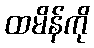
ထမိန်ကို